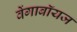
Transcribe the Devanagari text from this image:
वेंगाबॉयज